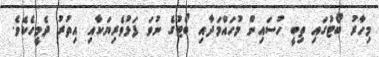
މިހާރު ބޯޓުގައި ތިބީ ހުސައިން މުހައްމަދާއި ބޯޓުގެ ނުވަ ފަޅުވެރިޔަކާއި އިތުރު ދެމީހެކެވެ.